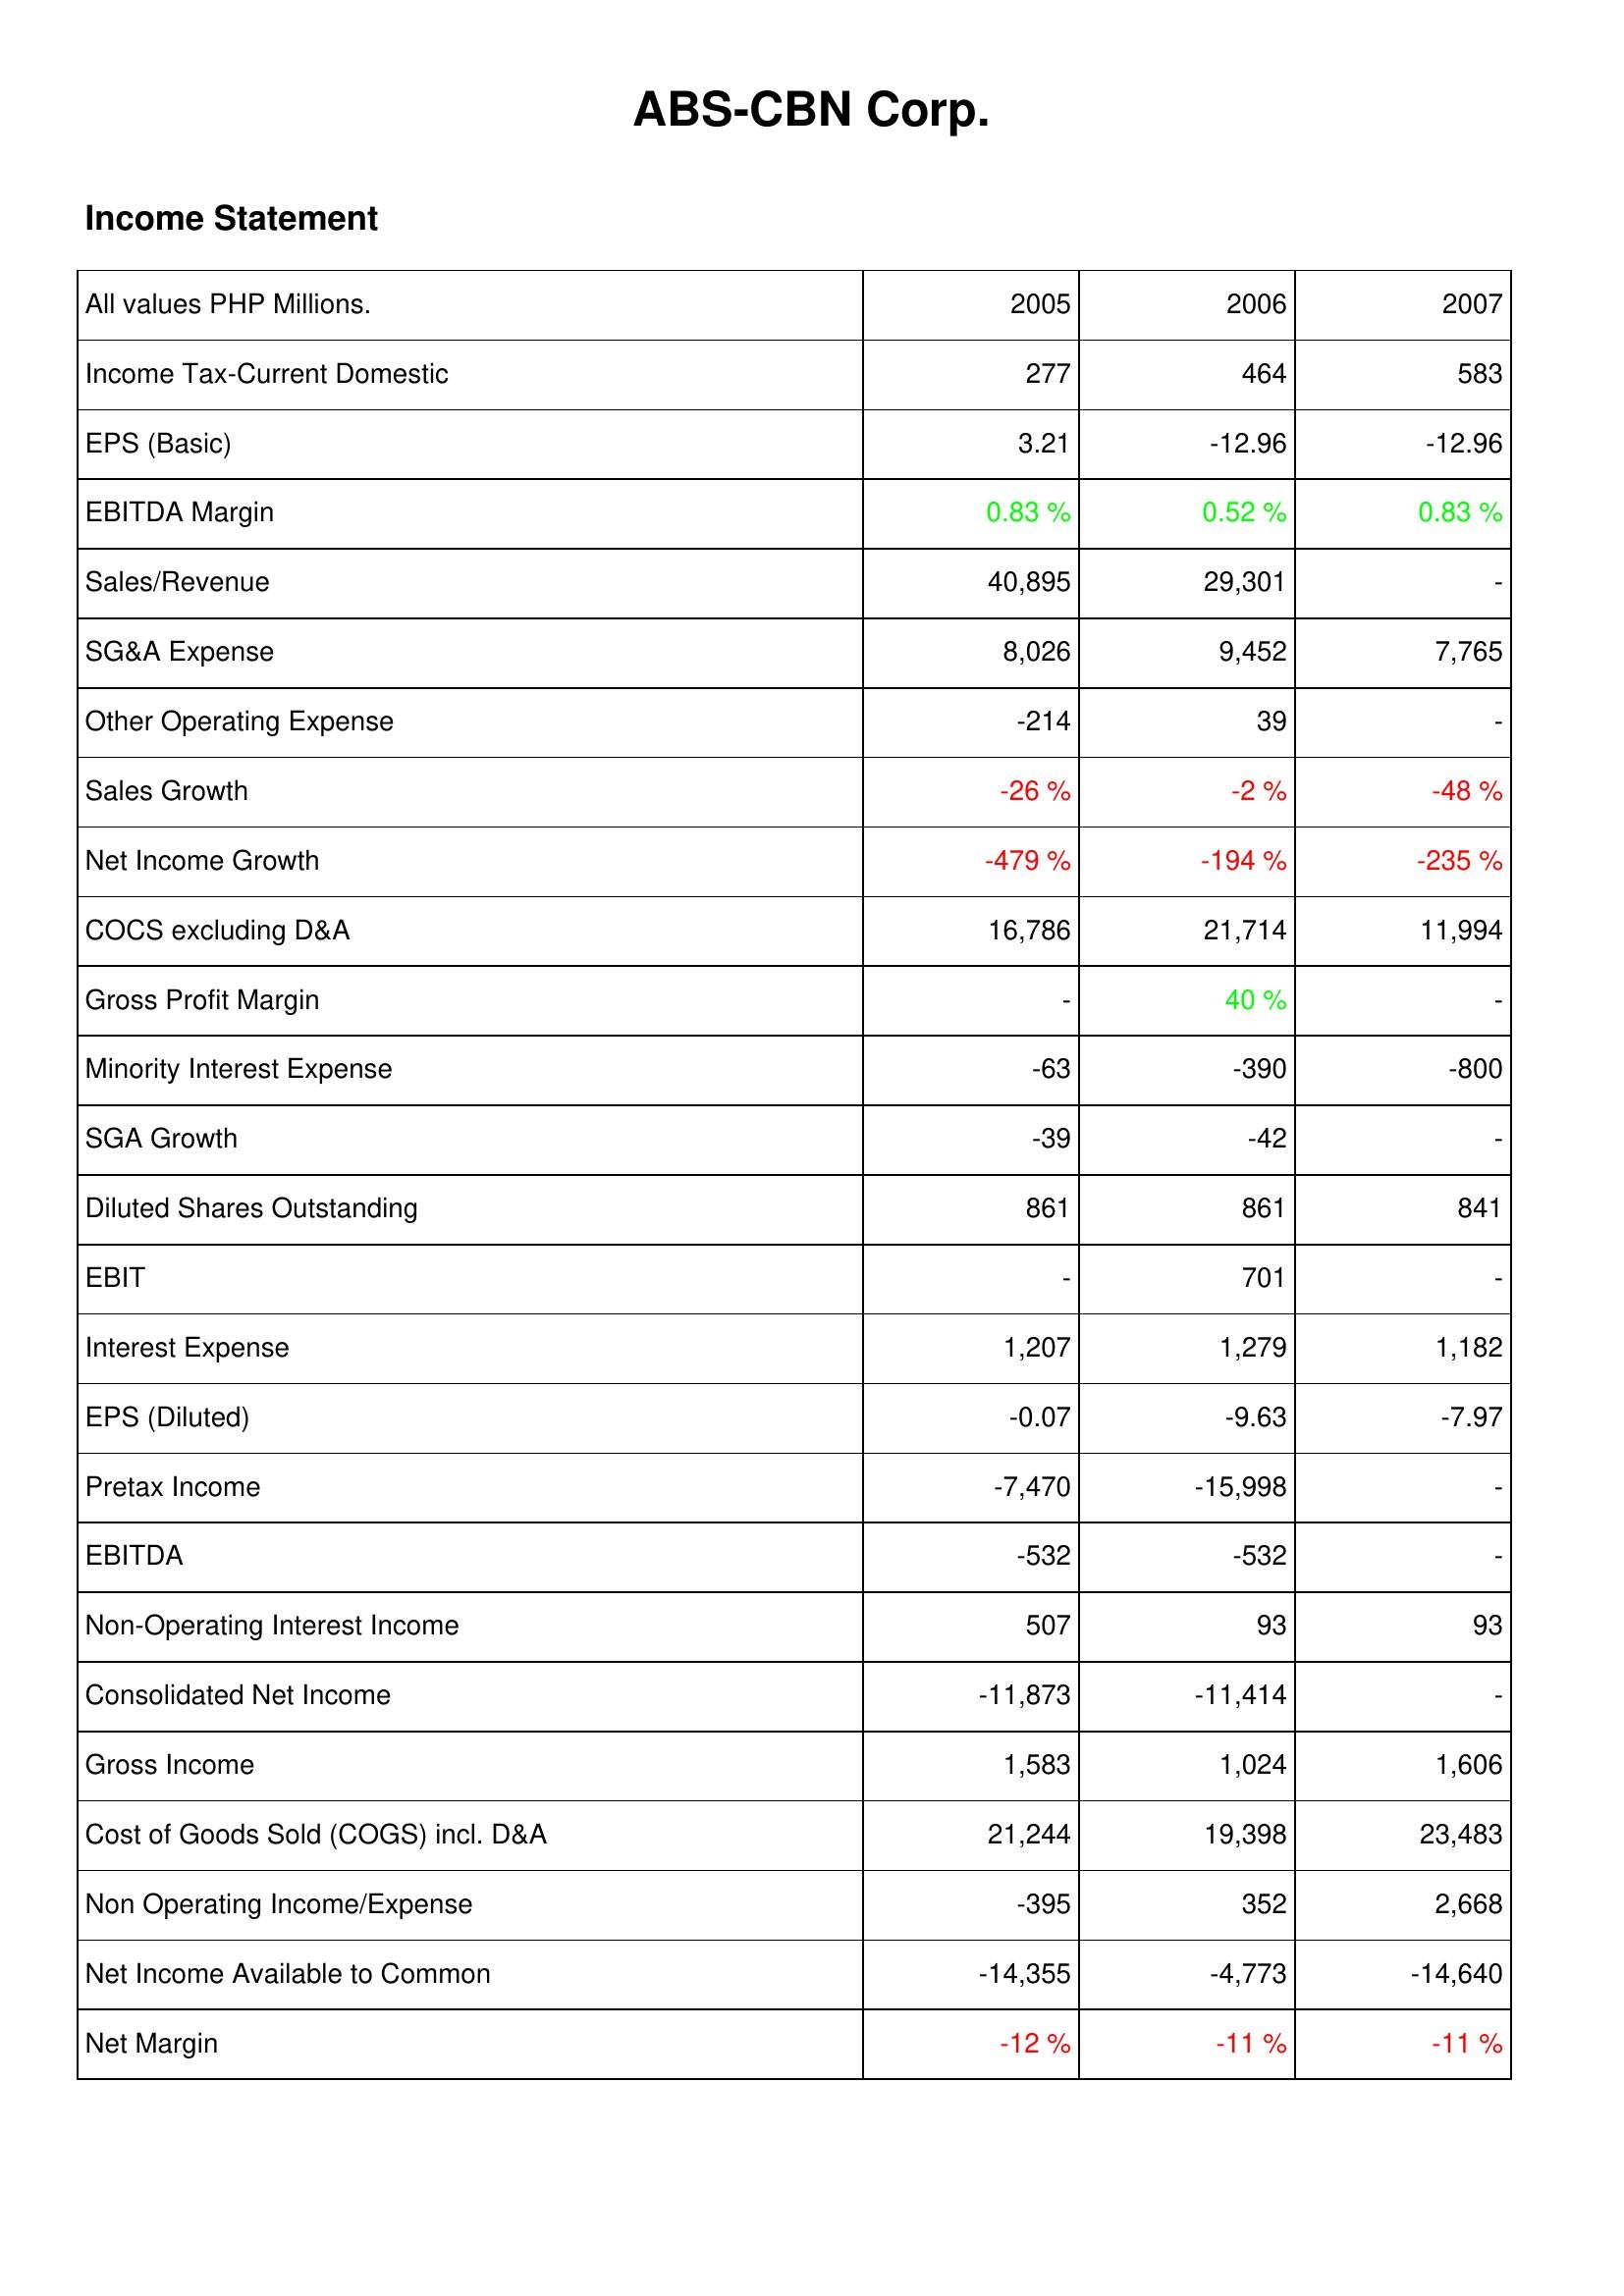
2005: Income Statement: Income Tax-Current Domestic: 277
EPS (Basic): 3.21
EBITDA Margin: 0.83 %
Sales/Revenue: 40,895
SG&A Expense: 8,026
Other Operating Expense: -214
Sales Growth: -26 %
Net Income Growth: -479 %
COCS excluding D&A: 16,786
Gross Profit Margin: -
Minority Interest Expense: -63
SGA Growth: -39
Diluted Shares Outstanding: 861
EBIT: -
Interest Expense: 1,207
EPS (Diluted): -0.07
Pretax Income: -7,470
EBITDA: -532
Non-Operating Interest Income: 507
Consolidated Net Income: -11,873
Gross Income: 1,583
Cost of Goods Sold (COGS) incl. D&A: 21,244
Non Operating Income/Expense: -395
Net Income Available to Common: -14,355
Net Margin: -12 %
2006: Income Statement: Income Tax-Current Domestic: 464
EPS (Basic): -12.96
EBITDA Margin: 0.52 %
Sales/Revenue: 29,301
SG&A Expense: 9,452
Other Operating Expense: 39
Sales Growth: -2 %
Net Income Growth: -194 %
COCS excluding D&A: 21,714
Gross Profit Margin: 40 %
Minority Interest Expense: -390
SGA Growth: -42
Diluted Shares Outstanding: 861
EBIT: 701
Interest Expense: 1,279
EPS (Diluted): -9.63
Pretax Income: -15,998
EBITDA: -532
Non-Operating Interest Income: 93
Consolidated Net Income: -11,414
Gross Income: 1,024
Cost of Goods Sold (COGS) incl. D&A: 19,398
Non Operating Income/Expense: 352
Net Income Available to Common: -4,773
Net Margin: -11 %
2007: Income Statement: Income Tax-Current Domestic: 583
EPS (Basic): -12.96
EBITDA Margin: 0.83 %
Sales/Revenue: -
SG&A Expense: 7,765
Other Operating Expense: -
Sales Growth: -48 %
Net Income Growth: -235 %
COCS excluding D&A: 11,994
Gross Profit Margin: -
Minority Interest Expense: -800
SGA Growth: -
Diluted Shares Outstanding: 841
EBIT: -
Interest Expense: 1,182
EPS (Diluted): -7.97
Pretax Income: -
EBITDA: -
Non-Operating Interest Income: 93
Consolidated Net Income: -
Gross Income: 1,606
Cost of Goods Sold (COGS) incl. D&A: 23,483
Non Operating Income/Expense: 2,668
Net Income Available to Common: -14,640
Net Margin: -11 %